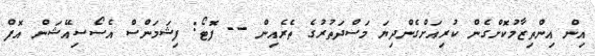
އިން އިންތިޒާމުކޮށްގެން ކުރިއަށްގެންދިޔަ މަސްދަތުރުގެ ތެރެއިން -- ފޮޓޯ: ފިޝަމަންސް އެސޯސިއޭޝަން އޮފް